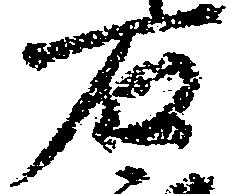
石